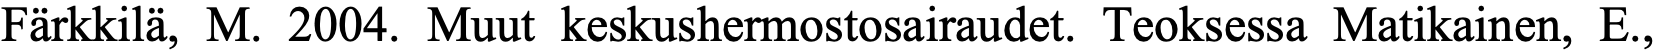
Färkkilä, M. 2004. Muut keskushermostosairaudet. Teoksessa Matikainen, E.,